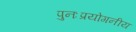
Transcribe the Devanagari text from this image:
पुनःप्रयोगनीय